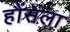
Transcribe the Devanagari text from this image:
हौंसला